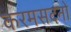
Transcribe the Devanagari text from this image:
करमसदनो